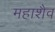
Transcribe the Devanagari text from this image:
महाशैव